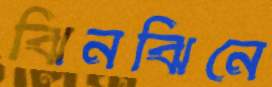
ঝিনঝিনে